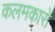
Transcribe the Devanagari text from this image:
कलमकारों